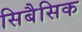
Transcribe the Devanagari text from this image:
सिबैसिक